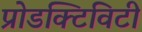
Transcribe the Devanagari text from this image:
प्रोडक्टिविटी